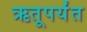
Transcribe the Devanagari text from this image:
ऋतूपर्यंत